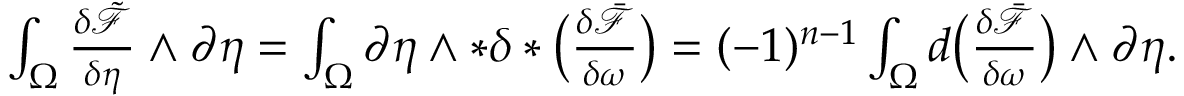
\begin{array} { r } { \int _ { \Omega } \frac { \delta \tilde { \mathcal { F } } } { \delta \eta } \wedge \partial \eta = \int _ { \Omega } \partial \eta \wedge \ast \delta \ast \big ( \frac { \delta \bar { \mathcal { F } } } { \delta \omega } \big ) = ( - 1 ) ^ { n - 1 } \int _ { \Omega } d \big ( \frac { \delta \bar { \mathcal { F } } } { \delta \omega } \big ) \wedge \partial \eta . } \end{array}